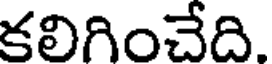
కలిగించేది.